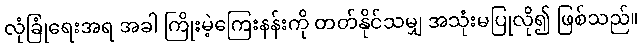
လုံခြုံရေးအရ အခါ ကြိုးမဲ့ကြေးနန်းကို တတ်နိုင်သမျှ အသုံးမပြုလို၍ ဖြစ်သည်။